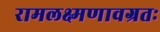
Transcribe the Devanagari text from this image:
रामलक्ष्मणावग्रतः